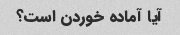
آیا آماده خوردن است؟